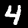
Label: 4